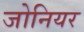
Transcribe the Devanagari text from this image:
जोनियर